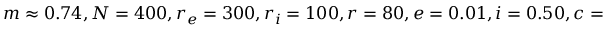
m \approx 0 . 7 4 , N = 4 0 0 , r _ { e } = 3 0 0 , r _ { i } = 1 0 0 , r = 8 0 , e = 0 . 0 1 , i = 0 . 5 0 , c = 1